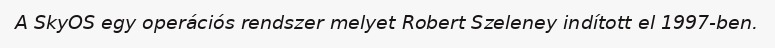
A SkyOS egy operációs rendszer melyet Robert Szeleney indított el 1997-ben.